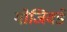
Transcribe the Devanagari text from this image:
गोजिवडे